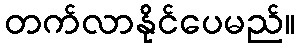
တက်လာနိုင်ပေမည်။